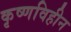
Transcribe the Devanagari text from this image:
कृष्णविहीन